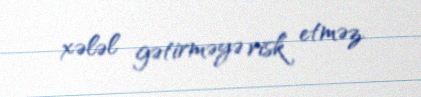
xələl gətirməyə risk etməz.